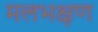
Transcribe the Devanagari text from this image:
मलभक्षण